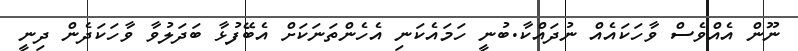
ނޫން އެއްވެސް ވާހަކައެއް ނުދައްކާ.ބުނީ ހަމައެކަނި އެެހެންތަނަކަށް އެބޭފުޅާ ބަދަލުވާ ވާހަކަދެން ދިނީ